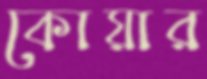
কোয়ার